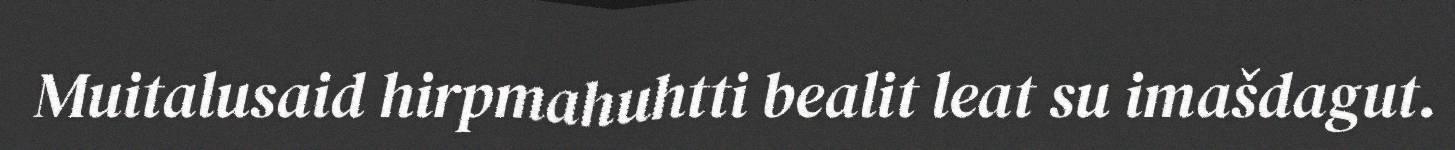
Muitalusaid hirpmahuhtti bealit leat su imašdagut.